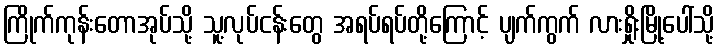
ကြိုက်ကုန်းတောအုပ်သို့ သူ့လုပ်ငန်းတွေ အရပ်ရပ်တို့ကြောင့် ပျက်ကွက် လားရှိုးမြို့ပေါ်သို့